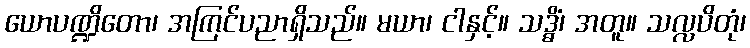
ယောပဏ္ဍိတော၊ အကြင်ပညာရှိသည်။ မယာ၊ ငါနှင့်။ သဒ္ဓိံ၊ အတူ။ သလ္လပိတုံ၊